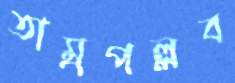
তাম্রপল্লব